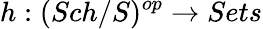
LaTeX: h:(Sch/S)^{op}\to Sets